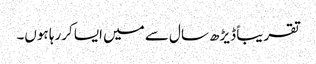
تقریباً ڈیڑھ سال سے میں ایسا کررہا ہوں۔